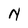
Character: N